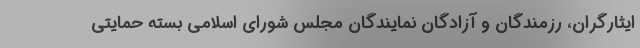
ایثارگران، رزمندگان و آزادگان نمایندگان مجلس شورای اسلامی بسته حمایتی